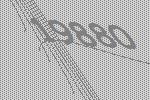
19880